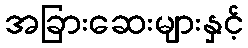
အခြားဆေးများနှင့်